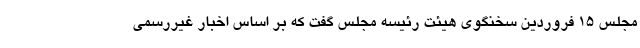
مجلس ١۵ فروردین سخنگوی هیئت رئیسه مجلس گفت که بر اساس اخبار غیررسمی